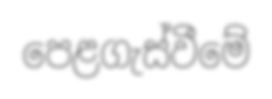
පෙළගැස්වීමේ